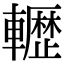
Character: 𮝬